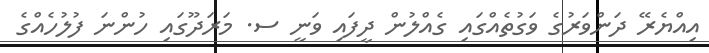
އިއްޔެރޭ ދަންވަރުގެ ވަގުތެއްގައި ގެއްލުން ދީފައި ވަނީ ސ. މަރަދޫގައި ހުންނަ ފުލުހެއްގެ